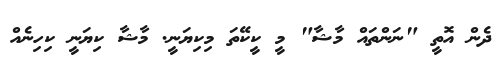
ދެން އޮތީ "ނަންތައް މާޝާ" މީ ކީކޭތަ މިކިޔަނީ. މާޝާ ކިޔަނީ ކިހިނެެއް